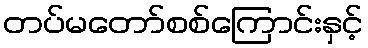
တပ်မတော်စစ်ကြောင်းနှင့်